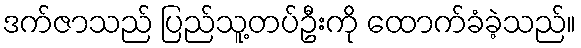
ဒက်ဇာသည် ပြည်သူ့တပ်ဦးကို ထောက်ခံခဲ့သည်။